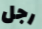
رجل